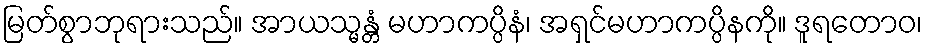
မြတ်စွာဘုရားသည်။ အာယသ္မန္တံ မဟာကပ္ပိနံ၊ အရှင်မဟာကပ္ပိနကို။ ဒူရတောဝ၊